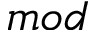
m o d